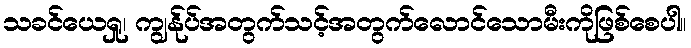
သခင်ယေရှု၊ ကျွန်ုပ်အတွက်သင့်အတွက်လောင်သောမီးကိုဖြစ်စေပါ။